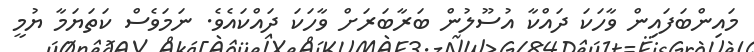
މައިންބަފައިން ވާހަކަ ދައްކާ އުސޫލުން ބަރާބަރަށް ވާހަކަ ދައްކައެވެ. ނަމަވެސް ކަތަޔަމާ ޔުމީ